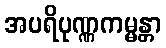
အပရိပုဏ္ဏကမ္မန္တာ